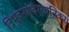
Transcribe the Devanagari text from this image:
त्रिभुवनमवैरव्यतिकरं।